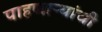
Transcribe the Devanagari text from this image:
पाहणाऱ्यांची